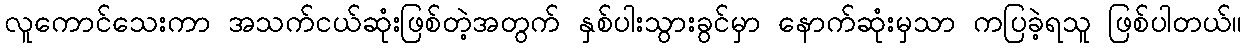
လူကောင်သေးကာ အသက်ငယ်ဆုံးဖြစ်တဲ့အတွက် နှစ်ပါးသွားခွင်မှာ နောက်ဆုံးမှသာ ကပြခဲ့ရသူ ဖြစ်ပါတယ်။